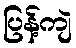
ပြန့်ကျဲ